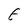
Character: E